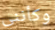
وكأنني